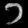
Digit: ၁